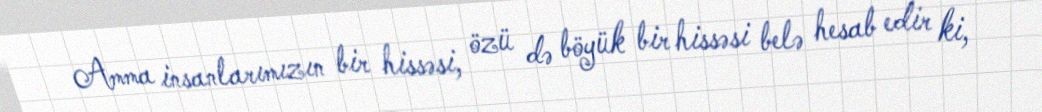
Amma insanlarımızın bir hissəsi, özü də böyük bir hissəsi belə hesab edir ki,